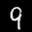
Label: 9